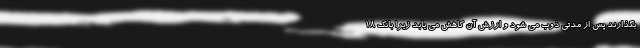
بگذارند پس از مدتی ذوب می شود و ارزش آن کاهش می یابد زیرا بانک 18